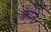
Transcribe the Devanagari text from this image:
क्रोत